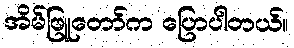
အိမ်ဖြူတော်က ပြောပါတယ်။